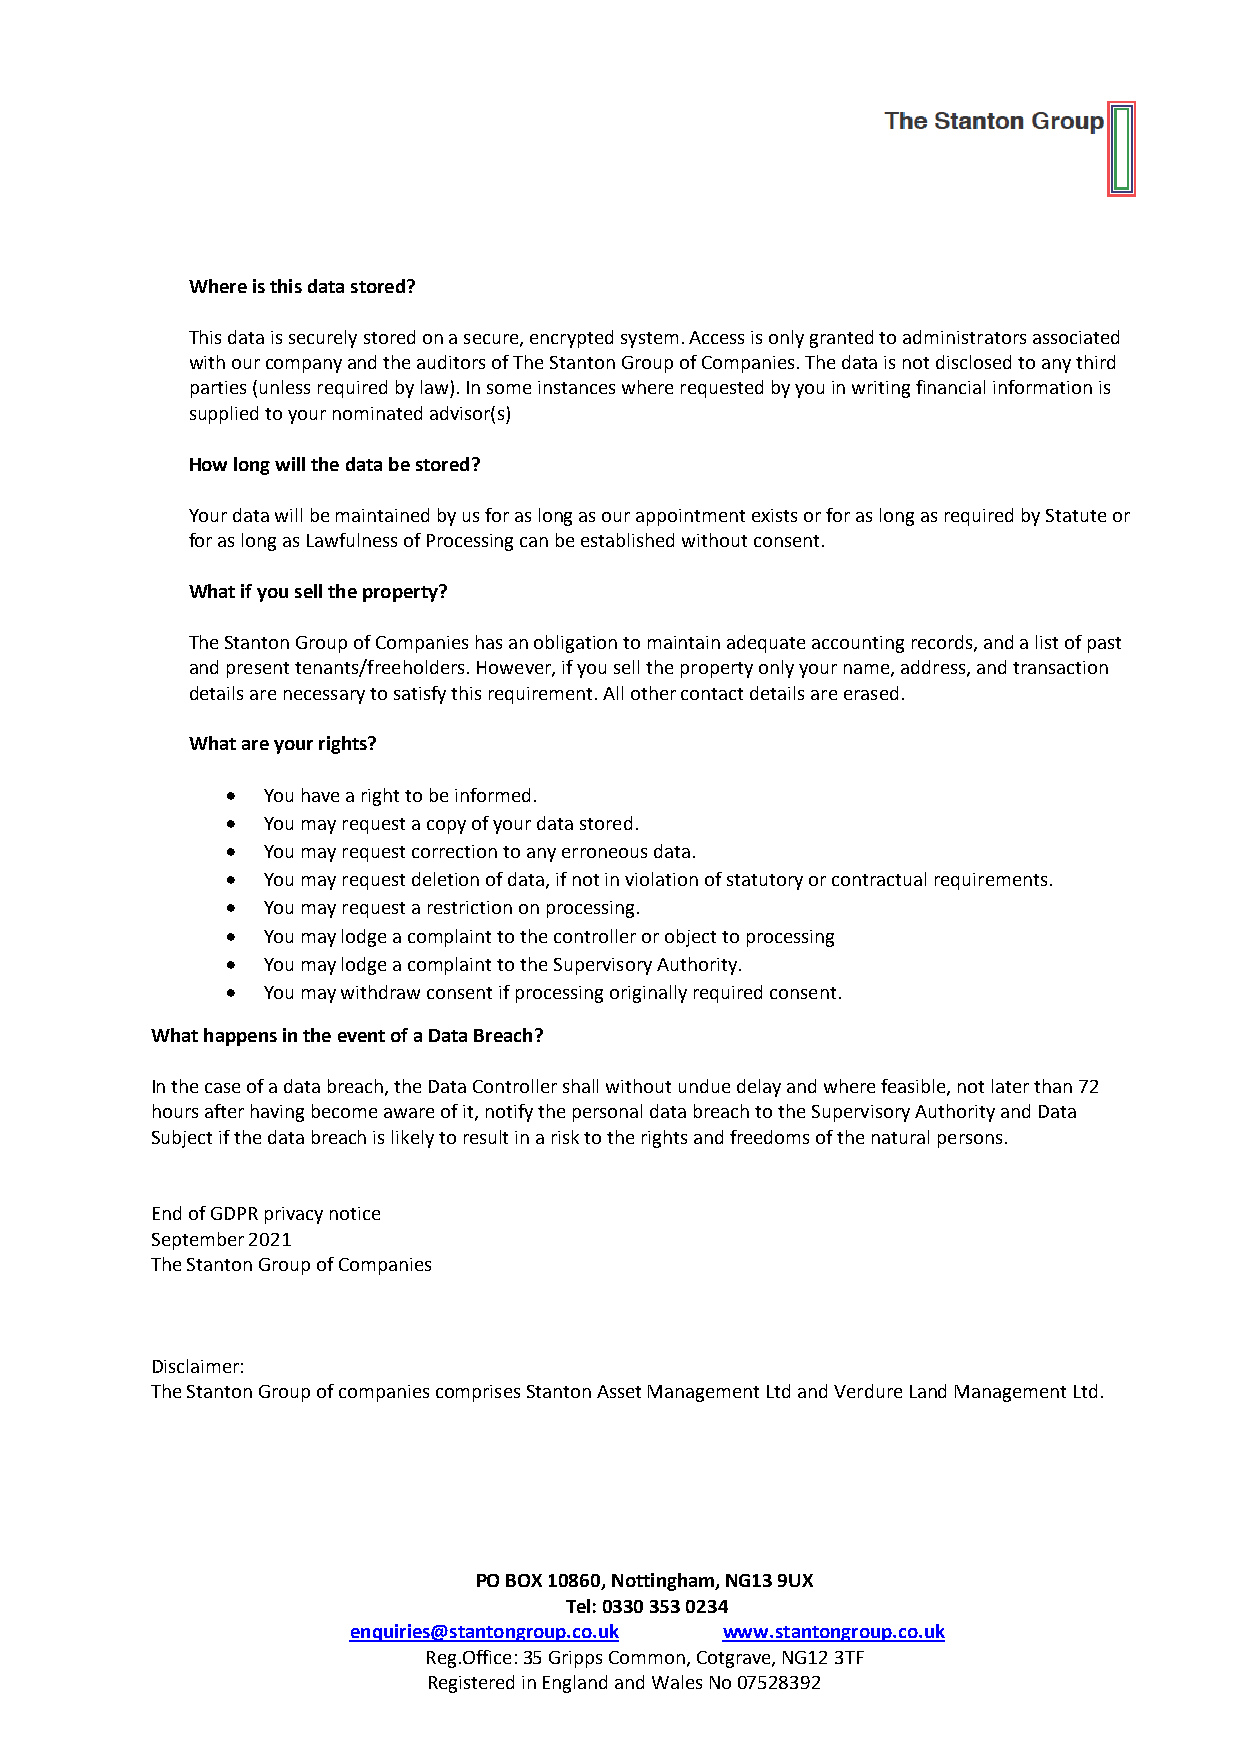
Where is this data stored?
 This data is securely stored on a secure, encrypted system. Access is only granted to administrators associated
 with our company and the auditors of The Stanton Group of Companies. The data is not disclosed to any third
 parties (unless required by law). In some instances where requested by you in writing financial information is
 supplied to your nominated advisor(s)
 How long will the data be stored?
 Your data will be maintained by us for as long as our appointment exists or for as long as required by Statute or
 for as long as Lawfulness of Processing can be established without consent.
 What if you sell the property?
 The Stanton Group of Companies has an obligation to maintain adequate accounting records, and a list of past
 and present tenants/freeholders. However, if you sell the property only your name, address, and transaction
 details are necessary to satisfy this requirement. All other contact details are erased.
 What are your rights?
 • You have a right to be informed.
 • You may request a copy of your data stored.
 • You may request correction to any erroneous data.
 • You may request deletion of data, if not in violation of statutory or contractual requirements.
 • You may request a restriction on processing.
 • You may lodge a complaint to the controller or object to processing
 • You may lodge a complaint to the Supervisory Authority.
 • You may withdraw consent if processing originally required consent.
 What happens in the event of a Data Breach?
 In the case of a data breach, the Data Controller shall without undue delay and where feasible, not later than 72
 hours after having become aware of it, notify the personal data breach to the Supervisory Authority and Data
 Subject if the data breach is likely to result in a risk to the rights and freedoms of the natural persons.
 End of GDPR privacy notice
 September 2021
 The Stanton Group of Companies
 Disclaimer:
 The Stanton Group of companies comprises Stanton Asset Management Ltd and Verdure Land Management Ltd.
 PO BOX 10860, Nottingham, NG13 9UX
 Tel: 0330 353 0234
 enquiries@stantongroup.co.uk www.stantongroup.co.uk
 Reg.Office: 35 Gripps Common, Cotgrave, NG12 3TF
 Registered in England and Wales No 07528392